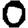
Digit: 0